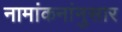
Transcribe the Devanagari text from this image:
नामांकनांनुसार